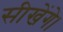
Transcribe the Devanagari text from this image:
सीखेंगे।